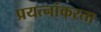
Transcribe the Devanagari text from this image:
प्रयत्नांकरता